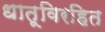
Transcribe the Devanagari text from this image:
धातूविरहित